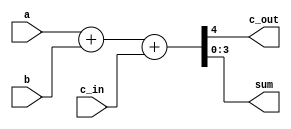
//behaviorial 4 bit adder
module add_4(c_out, sum, a, b, c_in);
    output c_out;
    output [3:0] sum;
    input [3:0] a, b;
    input c_in;
    assign {c_out, sum} = a + b + c_in;
endmodule

//multiplier module
module multipler_4(product, multiplicant, multiplier);
    output [7:0] product;
    input [3:0] multiplicant, multiplier;
    wire [3:0] input_adder1, input_adder2, input_adder3, output_adder1, output_adder2;
    wire [2:0] w1;

    assign product[0] = multiplicant[0] & multiplier[0];
    // for inputs to adder 1
    assign w1[2] = multiplicant[0] & multiplier[3];
    assign w1[1] = multiplicant[0] & multiplier[2];
    assign w1[0] = multiplicant[0] & multiplier[1];

    assign input_adder1[3] = multiplicant[1] & multiplier[3];
    assign input_adder1[2] = multiplicant[1] & multiplier[2];
    assign input_adder1[1] = multiplicant[1] & multiplier[1];
    assign input_adder1[0] = multiplicant[1] & multiplier[0];

    add_4 m1(output_adder1[3], {output_adder1[2:0], product[1]}, input_adder1, {1'b0,w1}, 1'b0);

    // for inputs to adder 2
    assign input_adder2[3] = multiplicant[2] & multiplier[3];
    assign input_adder2[2] = multiplicant[2] & multiplier[2];
    assign input_adder2[1] = multiplicant[2] & multiplier[1];
    assign input_adder2[0] = multiplicant[2] & multiplier[0];

    add_4 m2(output_adder2[3], {output_adder2[2:0], product[2]}, input_adder2, output_adder1, 1'b0);

    // for inputs to adder 3
    assign input_adder3[3] = multiplicant[3] & multiplier[3];
    assign input_adder3[2] = multiplicant[3] & multiplier[2];
    assign input_adder3[1] = multiplicant[3] & multiplier[1];
    assign input_adder3[0] = multiplicant[3] & multiplier[0];

    add_4 m3(product[7], {product[6],product[5],product[4],product[3]}, input_adder3, output_adder2, 1'b0);


endmodule

// test bench for bcd adder subtractor
module BCD_usign_tb;
    reg [3:0] a, b;
    wire [7:0] p;
    integer i;

    //Instantiate UUT
    multipler_4 UUT(p, a, b);
    
    //stimulus block
    
    
    initial
        begin
            //b = 4'b1111;
            a = 4'b0011;
            //#200;
            for (i = 0; i <= 15; i = i+1) begin
                b = i;
                #200;
            end

        end
    initial $monitor("a = %d, b = %d, product = %d", a, b, p);
endmodule